Report on horse surra - Volume I
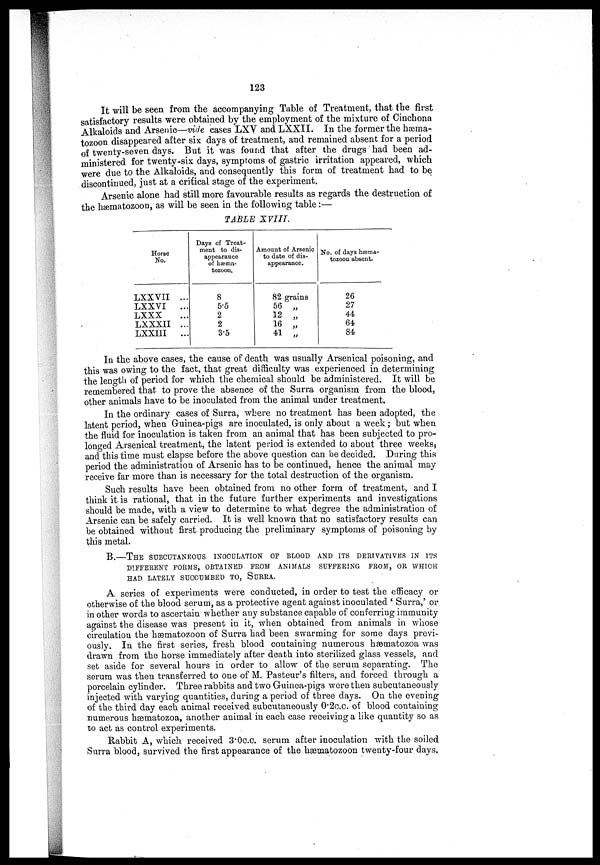
123
It will be seen from the accompanying Table of Treatment, that the first
satisfactory results were obtained by the employment of the mixture of Cinchona
Alkaloids and Arsenic—vide cases LXV and LXXII. In the former the hæma-
tozoon disappeared after six days of treatment, and remained absent for a period
of twenty-seven days. But it was found that after the drugs had been ad-
ministered for twenty-six days, symptoms of gastric irritation appeared, which
were due to the Alkaloids, and consequently this form of treatment had to be
discontinued, just at a critical stage of the experiment.
Arsenic alone had still more favourable results as regards the destruction of
the hæmatozoon, as will be seen in the following table :—
TABLE XVIII.
Horse
No.
LXXVII ...
LXXVI
...
LXXX ...
LXXXII ...
LXXIII. ...
Days of Treat-
ment to dis-
appearauce
of hæma-
tozoou.
8
5.5
2
2
3.5
Amount of Arsenic
to date of dis-
appearance.
82 grains
56 „
12 „
16 „
41 „
No. of days hæma-
tozoon absent.
26
27
44
64
84
In the above cases, the cause of death was usually Arsenical poisoning, and
this was owing to the fact, that great difficulty was experienced in determining
the length of period for which the chemical should be administered. It will be
remembered that to prove the absence of the Surra organism from the blood,
other animals have to be inoculated from the animal under treatment.
In the ordinary cases of Surra, where no treatment has been adopted, the
latent period, when Guinea-pigs are inoculated, is only about a week ; but when
the fluid for inoculation is taken from an animal that has been subjected to pro-
longed Arsenical treatment, the latent period is extended to about three weeks.
and this time must elapse before the above question can be decided. During this
period the administration of Arsenic has to be continued, hence the animal may
receive far more than is necessary for the total destruction of the organism.
Such results have been obtained from no other form of treatment, and I
think it is rational, that in the future further experiments and investigations
should be made, with a view to determine to what degree the administration of
Arsenic can be safely carried. It is well known that no satisfactory results can
be obtained without first producing the preliminary symptoms of poisoning by
this metal.
B.—THE SUBCUTANEOUS INOCULATION OF BLOOD AND ITS DERIVATIVES IN ITS
DIFFERENT FORMS, OBTAINED FROM ANIMALS SUFFERING FROM, OR WHICH
HAD LATELY SUCCUMBED TO, SURRA.
A series of experiments were conducted, in order to test the efficacy or
otherwise of the blood serum, as a protective agent against inoculated ' Surra,' or
in other words to ascertain whether any substance capable of conferring immunity
against the disease was present in it, when obtained from animals in whose
circulation the hæmatozoon of Surra had been swarming for some days previ-
ously. In the first series, fresh blood containing numerous hæmatozoa was
drawn from the horse immediately after death into sterilized glass vessels, and
set aside for several hours in order to allow of the serum separating. The
serum was then transferred to one of M. Pasteur's filters, and forced through a
porcelain cylinder. Three rabbits and two Guinea-pigs were then subcutaneously
injected with varying quantities, during a period of three days. On the evening
of the third day each animal received subcutaneously 0.2c.c. of blood containing
numerous hæmatozoa, another animal in each case receiving a like quantity so as
to act as control experiments.
Rabbit A, which received 3.0c.o. serum after inoculation with the soiled
Surra blood, survived the first appearance of the hæmatozoon twenty-four days.